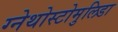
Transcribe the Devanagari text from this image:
ग्नेथोस्टोमुलिडा